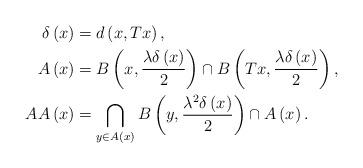
LaTeX: \begin{align*}\delta \left( x\right) & =d\left( x,Tx\right) , \\A\left( x\right) & =B\left( x,\frac{\lambda \delta \left( x\right) }{2}\right) \cap B\left( Tx,\frac{\lambda \delta \left( x\right) }{2}\right) , \\AA\left( x\right) & =\bigcap_{y\in A\left( x\right) }B\left( y,\frac{\lambda^{2}\delta \left( x\right) }{2}\right) \cap A\left( x\right) .\end{align*}